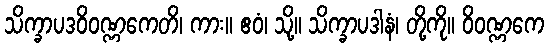
သိက္ခာပဒဝိဝဏ္ဏကေတိ၊ ကား။ ဧဝံ၊ သို့။ သိက္ခာပဒါနံ၊ တို့ကို။ ဝိဝဏ္ဏကေ